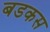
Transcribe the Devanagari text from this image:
बडकस